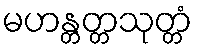
မဟန္တတ္တသုတ္တံ